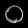
Digit: ၀